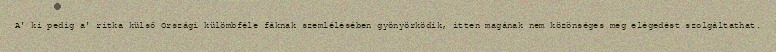
A' ki pedig a' ritka külső Országi külömbféle fáknak szemlélésében gyönyörködik, itten magának nem közönséges meg elégedést szolgáltathat.